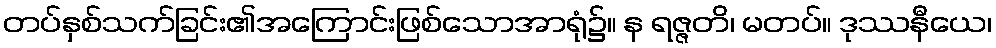
တပ်နှစ်သက်ခြင်း၏အကြောင်းဖြစ်သောအာရုံ၌။ န ရဇ္ဇတိ၊ မတပ်။ ဒုဿနီယေ၊